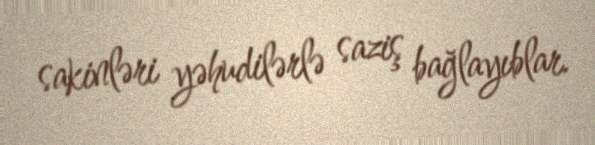
sakinləri yəhudilərlə saziş bağlayıblar.